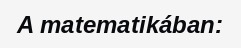
A matematikában: